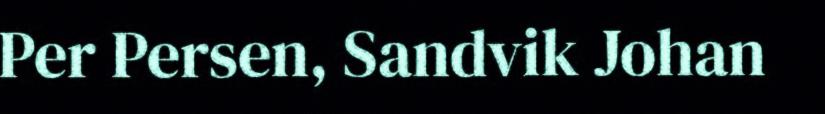
Per Persen, Sandvik Johan